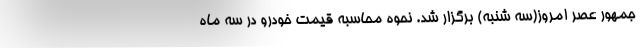
جمهور عصر امروز(سه شنبه) برگزار شد. نحوه محاسبه قیمت خودرو در سه ماه